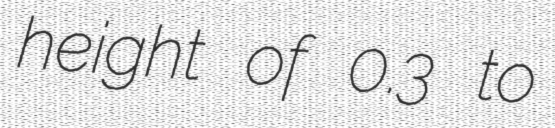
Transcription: height of 0.3 to